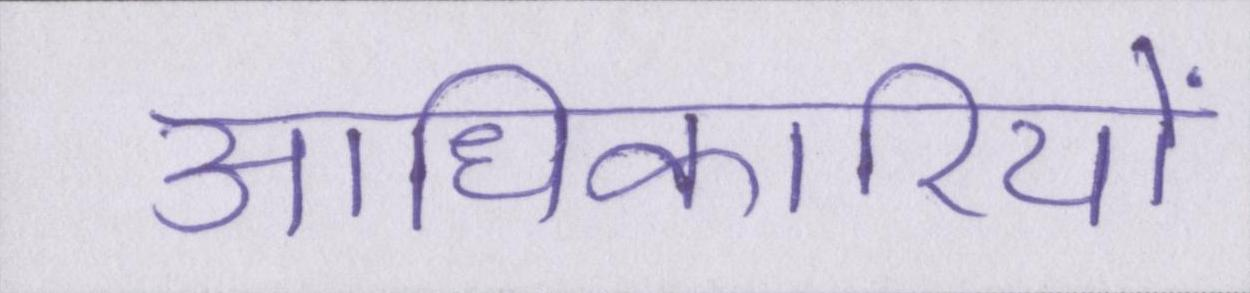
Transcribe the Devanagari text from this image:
आधिकारियों